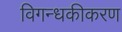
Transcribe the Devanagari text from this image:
विगन्धकीकरण